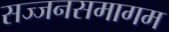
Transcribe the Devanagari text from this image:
सज्जनसमागम